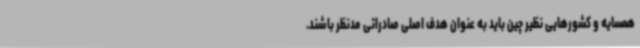
همسایه و کشورهایی نظیر چین باید به عنوان هدف اصلی صادراتی مدنظر باشند.